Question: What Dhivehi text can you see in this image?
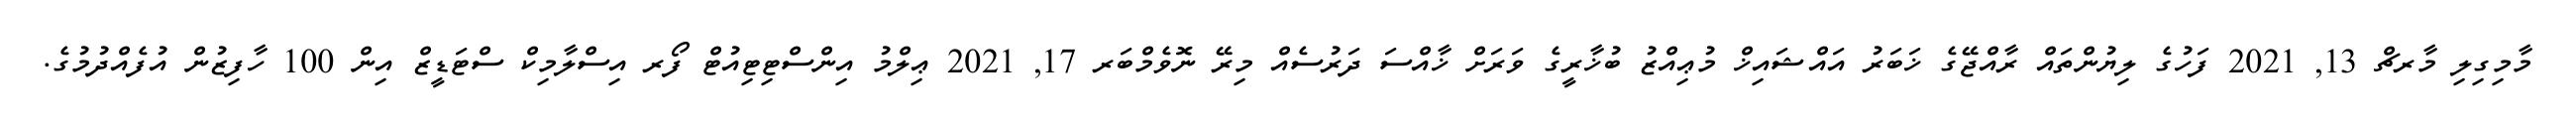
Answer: މާމިގިލި މާރޗް 13, 2021 ފަހުގެ ލިޔުންތައް ރާއްޖޭގެ ޚަބަރު އައްޝައިޚް މުޢިއްޒު ބުޚާރީގެ ވަރަށް ޚާއްސަ ދަރުސެއް މިރޭ ނޮވެމްބަރ 17, 2021 ޢިލްމު އިންސްޓިޓިއުޓް ފޯރ އިސްލާމިކް ސްޓަޑީޒް އިން 100 ހާފިޒުން އުފެއްދުމުގެ.